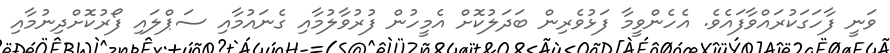
ވަނީ ފާހަގަކުރައްވާފައެވެ. އެހެންވީމާ ފަޅުވެރިން ބަދަލުކޮށް އެމީހުން ފުރުވާލުމާއި ގެނައުމާއި ސަޕްލައި ފޯރުކޮށްދިނުމާއި